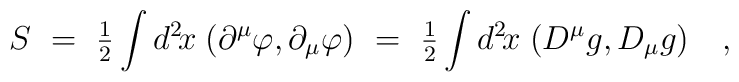
S~=~{\textstyle{1\over 2}} \int d^2\! x \;     (\partial^\mu \varphi , \partial_\mu \varphi)  ~=~{\textstyle{1\over 2}} \int d^2\! x \; (D^\mu g , D_\mu g)~~~,